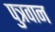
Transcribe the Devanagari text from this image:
पुत्रवान